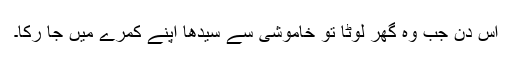
اُس دن جب وہ گھر لوٹا تو خاموشی سے سیدھا اپنے کمرے میں جا رُکا۔